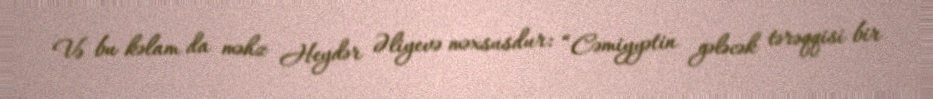
Və bu kəlam da məhz Heydər Əliyevə məxsusdur: “Cəmiyyətin gələcək tərəqqisi bir